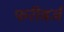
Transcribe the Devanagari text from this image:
फरीबर्ज